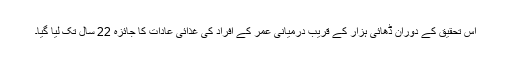
اس تحقیق کے دوران ڈھائی ہزار کے قریب درمیانی عمر کے افراد کی غذائی عادات کا جائزہ 22 سال تک لیا گیا۔